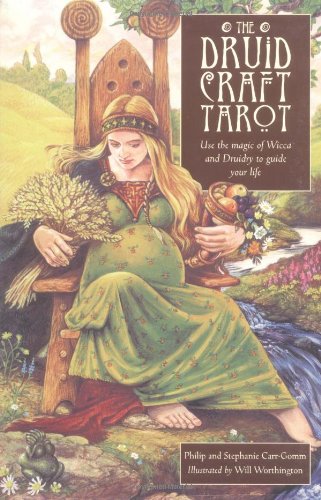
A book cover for The Druidcraft Tarot; Philip Carr-Gomm; Religion & Spirituality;